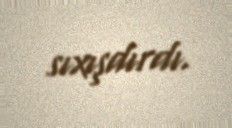
sıxışdırdı.